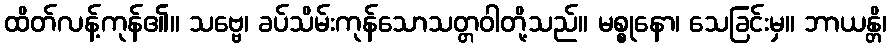
ထိတ်လန့်ကုန်၏။ သဗ္ဗေ၊ ခပ်သိမ်းကုန်သောသတ္တဝါတို့သည်။ မစ္စုနော၊ သေခြင်းမှ။ ဘာယန္တိ၊